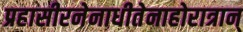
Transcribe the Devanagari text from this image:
प्रहासीरनेनाधीतेनाहोरात्रान्